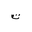
Letter: _ta